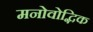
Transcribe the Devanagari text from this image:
मनोवोद्भिक